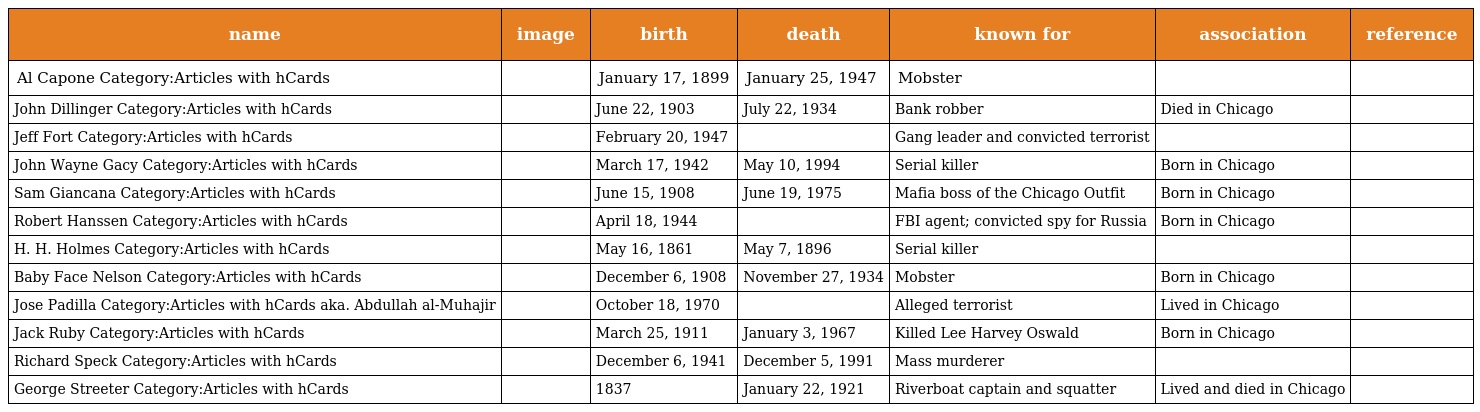
| name | image | birth | death | known for | association | reference |
 | --- | --- | --- | --- | --- | --- | --- |
 | Al Capone Category:Articles with hCards |  | January 17, 1899 | January 25, 1947 | Mobster |  |  |
 | John Dillinger Category:Articles with hCards |  | June 22, 1903 | July 22, 1934 | Bank robber | Died in Chicago |  |
 | Jeff Fort Category:Articles with hCards |  | February 20, 1947 |  | Gang leader and convicted terrorist |  |  |
 | John Wayne Gacy Category:Articles with hCards |  | March 17, 1942 | May 10, 1994 | Serial killer | Born in Chicago |  |
 | Sam Giancana Category:Articles with hCards |  | June 15, 1908 | June 19, 1975 | Mafia boss of the Chicago Outfit | Born in Chicago |  |
 | Robert Hanssen Category:Articles with hCards |  | April 18, 1944 |  | FBI agent; convicted spy for Russia | Born in Chicago |  |
 | H. H. Holmes Category:Articles with hCards |  | May 16, 1861 | May 7, 1896 | Serial killer |  |  |
 | Baby Face Nelson Category:Articles with hCards |  | December 6, 1908 | November 27, 1934 | Mobster | Born in Chicago |  |
 | Jose Padilla Category:Articles with hCards aka. Abdullah al-Muhajir |  | October 18, 1970 |  | Alleged terrorist | Lived in Chicago |  |
 | Jack Ruby Category:Articles with hCards |  | March 25, 1911 | January 3, 1967 | Killed Lee Harvey Oswald | Born in Chicago |  |
 | Richard Speck Category:Articles with hCards |  | December 6, 1941 | December 5, 1991 | Mass murderer |  |  |
 | George Streeter Category:Articles with hCards |  | 1837 | January 22, 1921 | Riverboat captain and squatter | Lived and died in Chicago |  |